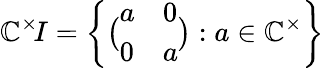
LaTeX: \mathbb{C}^{\times}\! I=\left\{ {\bigl(}{\begin{array}{ll}{a}&{0}\\ {0}&{a}\end{array}}{\bigr)}:a\in\mathbb{C}^{\times}\right\}